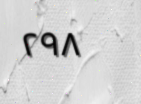
٢٩٨